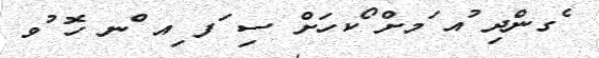
ެގންދި ުއ ަމށް ޯކހަށް ސި ަފ ިއ ްނ ހޮ ުވ